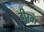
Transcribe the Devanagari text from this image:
हीरवा